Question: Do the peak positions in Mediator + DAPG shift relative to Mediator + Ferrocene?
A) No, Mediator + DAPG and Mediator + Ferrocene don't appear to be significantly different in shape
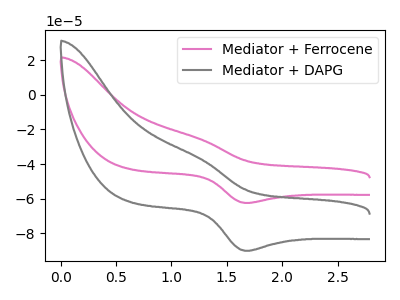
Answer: <think>The pink curve "Mediator + Ferrocene" has an anodic peak at (1.25V, -25.10uA) and a cathodic peak at (1.70V, -62.40uA). The gray curve "Mediator + DAPG" has an anodic peak at (1.25V, -36.20uA) and a cathodic peak at (1.70V, -89.95uA).
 All the peaks in "Mediator + DAPG" have a peak in "Mediator + Ferrocene" at the same potential.</think>
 <answer>A) No, "Mediator + DAPG" and "Mediator + Ferrocene" don't appear to be significantly different in shape</answer>
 <eval>A</eval>